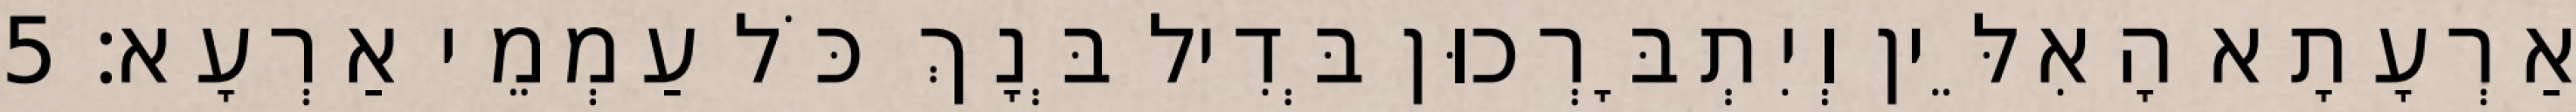
אַרְעָתָא הָאִלֵּין וְיִתְבָּרְכוּן בְּדִיל בְּנָךְ כֹּל עַמְמֵי אַרְעָא׃ 5